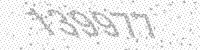
Solution: 139977